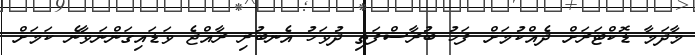
މާދަމާ ޑޮކްޓަރަށް ދެއްކުމަށް ފަހު ބުރާސްފަތި ދުވަހު އެނބުރި ރާއްޖެ ވަޑައިގަންނަވާނެ ކަމަށް